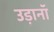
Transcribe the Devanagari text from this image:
उड़ानॉ